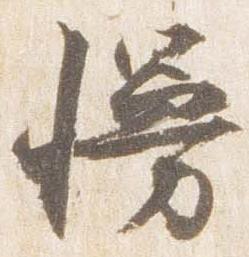
幔